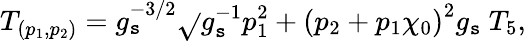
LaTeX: T_{(p_{1},p_{2})}=g_{\mathtt{s}}^{-3/2}\sqrt{}{{g_{\mathtt{s}}^{-1}p_{1}^{2}+\left(p_{2}+p_{1}\chi_{0}\right)^{2}g_{\mathtt{s}}}}~T_{5},